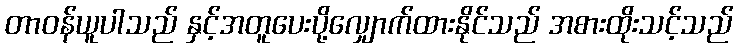
တာဝန်ယူပါသည် နှင့်အတူပေးပို့လျှောက်ထားနိုင်သည် အစားထိုးသင့်သည်